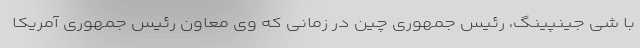
با شی جینپینگ، رئیس جمهوری چین در زمانی که وی معاون رئیس جمهوری آمریکا